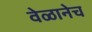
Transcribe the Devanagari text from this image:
वेळानेच